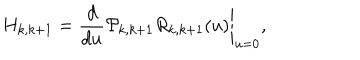
LaTeX: H _ { k , k + 1 } = \left. \frac { d } { d u } { \cal P } _ { k , k + 1 } R _ { k , k + 1 } ( u ) \right| _ { u = 0 } ,